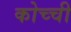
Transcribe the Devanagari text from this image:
कोच्‍ची